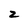
Character: z